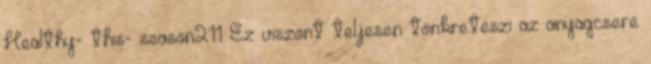
Healthy- this- season211 Ez viszont teljesen tönkreteszi az anyagcsere